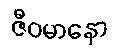
ဇီဝမာနော